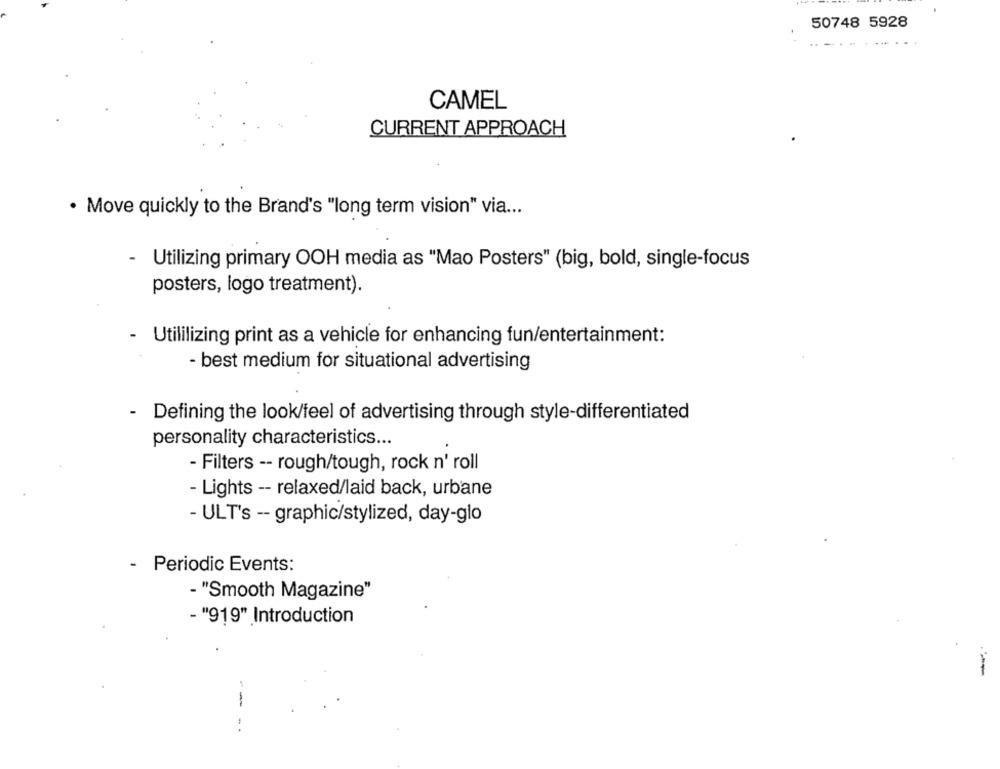
50748 5928
CAMEL
CURRENT APPROACH
· Move quickly to the Brand's "long term vision" via ...
-
Utilizing primary OOH media as "Mao Posters" (big, bold, single-focus
posters, logo treatment).
- Utililizing print as a vehicle for enhancing fun/entertainment:
- best medium for situational advertising
- Defining the look/feel of advertising through style-differentiated
personality characteristics ...
- Filters -- rough/tough, rock n' roll
- Lights -- relaxed/laid back, urbane
- ULT's -- graphic/stylized, day-glo
- Periodic Events:
- "Smooth Magazine"
- "919" Introduction
-